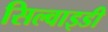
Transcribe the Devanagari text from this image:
सिल्वाइडी